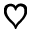
\heartsuit